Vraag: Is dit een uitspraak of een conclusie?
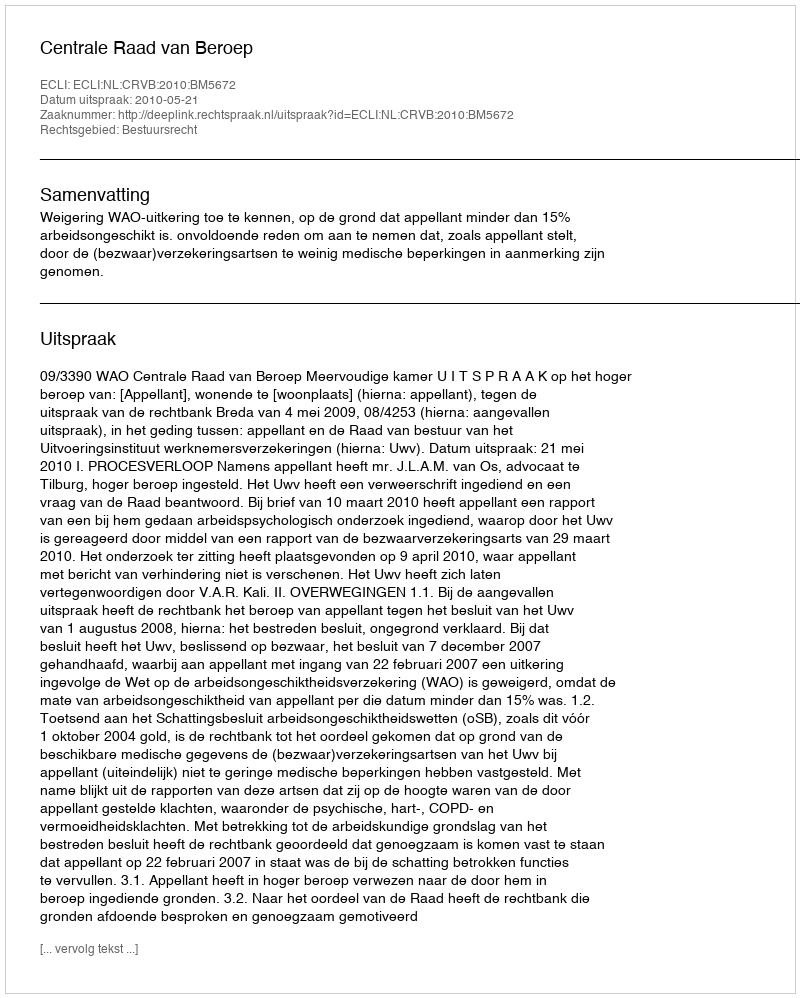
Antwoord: Uitspraak